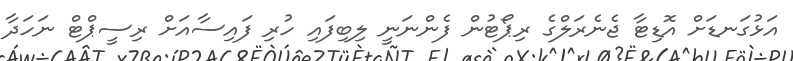
އަޅުގަނޑަށް އޮޑިޓާ ޖެނެރަލްގެ ރިޕޯޓުން ފެންނަނީ ލިބިފައި ހުރި ފައިސާއަށް ރިސީޕްޓް ނަހަދާ